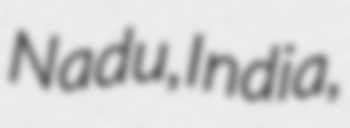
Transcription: Nadu, India,